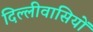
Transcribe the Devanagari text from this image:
दिल्लीवासियों